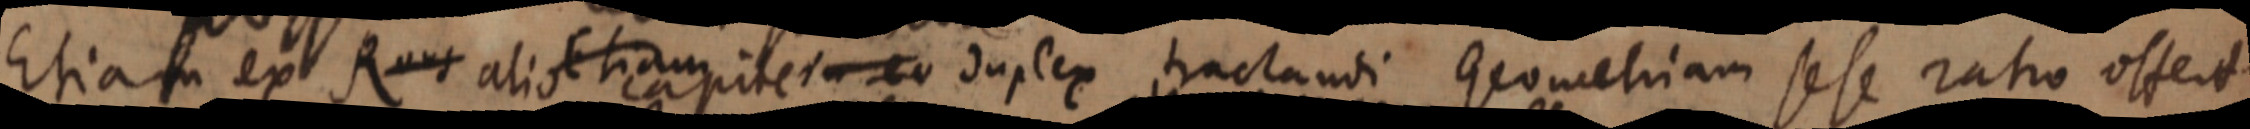
Etiam ex Rons alio etiam capiter eo duplex tractandi Geometriam sese ratio offert